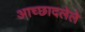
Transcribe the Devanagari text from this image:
अाच्छादलेले